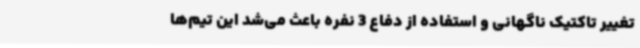
تغییر تاکتیک ناگهانی و استفاده از دفاع 3 نفره باعث می‌شد این تیم‌ها